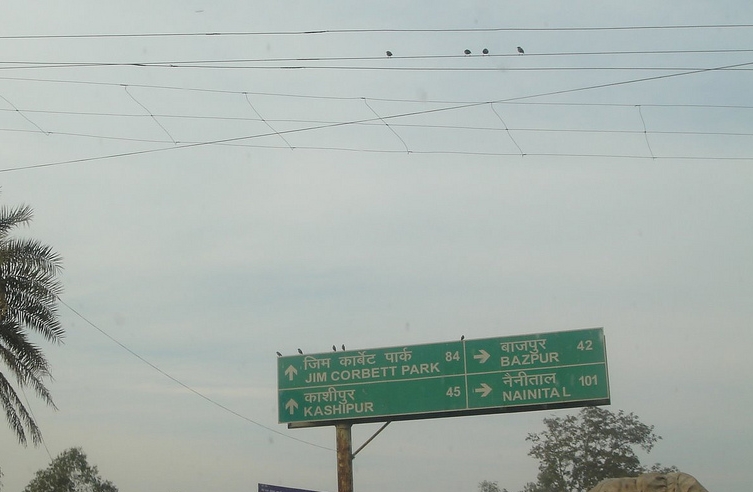
Language: hindi
Transcription: कार्बेट काशीपुर जिम पार्क बाजपुर नैनीताल